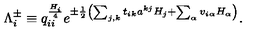
\Lambda _ { i } ^ { \pm } \equiv q _ { i i } ^ { \frac { H _ { i } } { 4 } } e ^ { \pm { \frac { 1 } { 2 } } \left( \sum _ { j , k } t _ { i k } a ^ { k j } H _ { j } + \sum _ { \alpha } v _ { i \alpha } H _ { \alpha } \right) } .